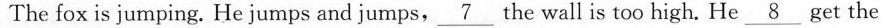
The fox is jumping. He jumps and jumps, \underline{7} the wall is too high. He \underline{8} get the